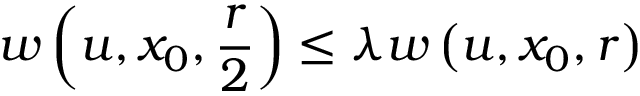
w \left( u , x _ { 0 } , { \frac { r } { 2 } } \right) \leq \lambda w \left( u , x _ { 0 } , r \right)